65_HS1-834228961_62-HQ-83894_Serial_130
Agency: FBI
Page 11
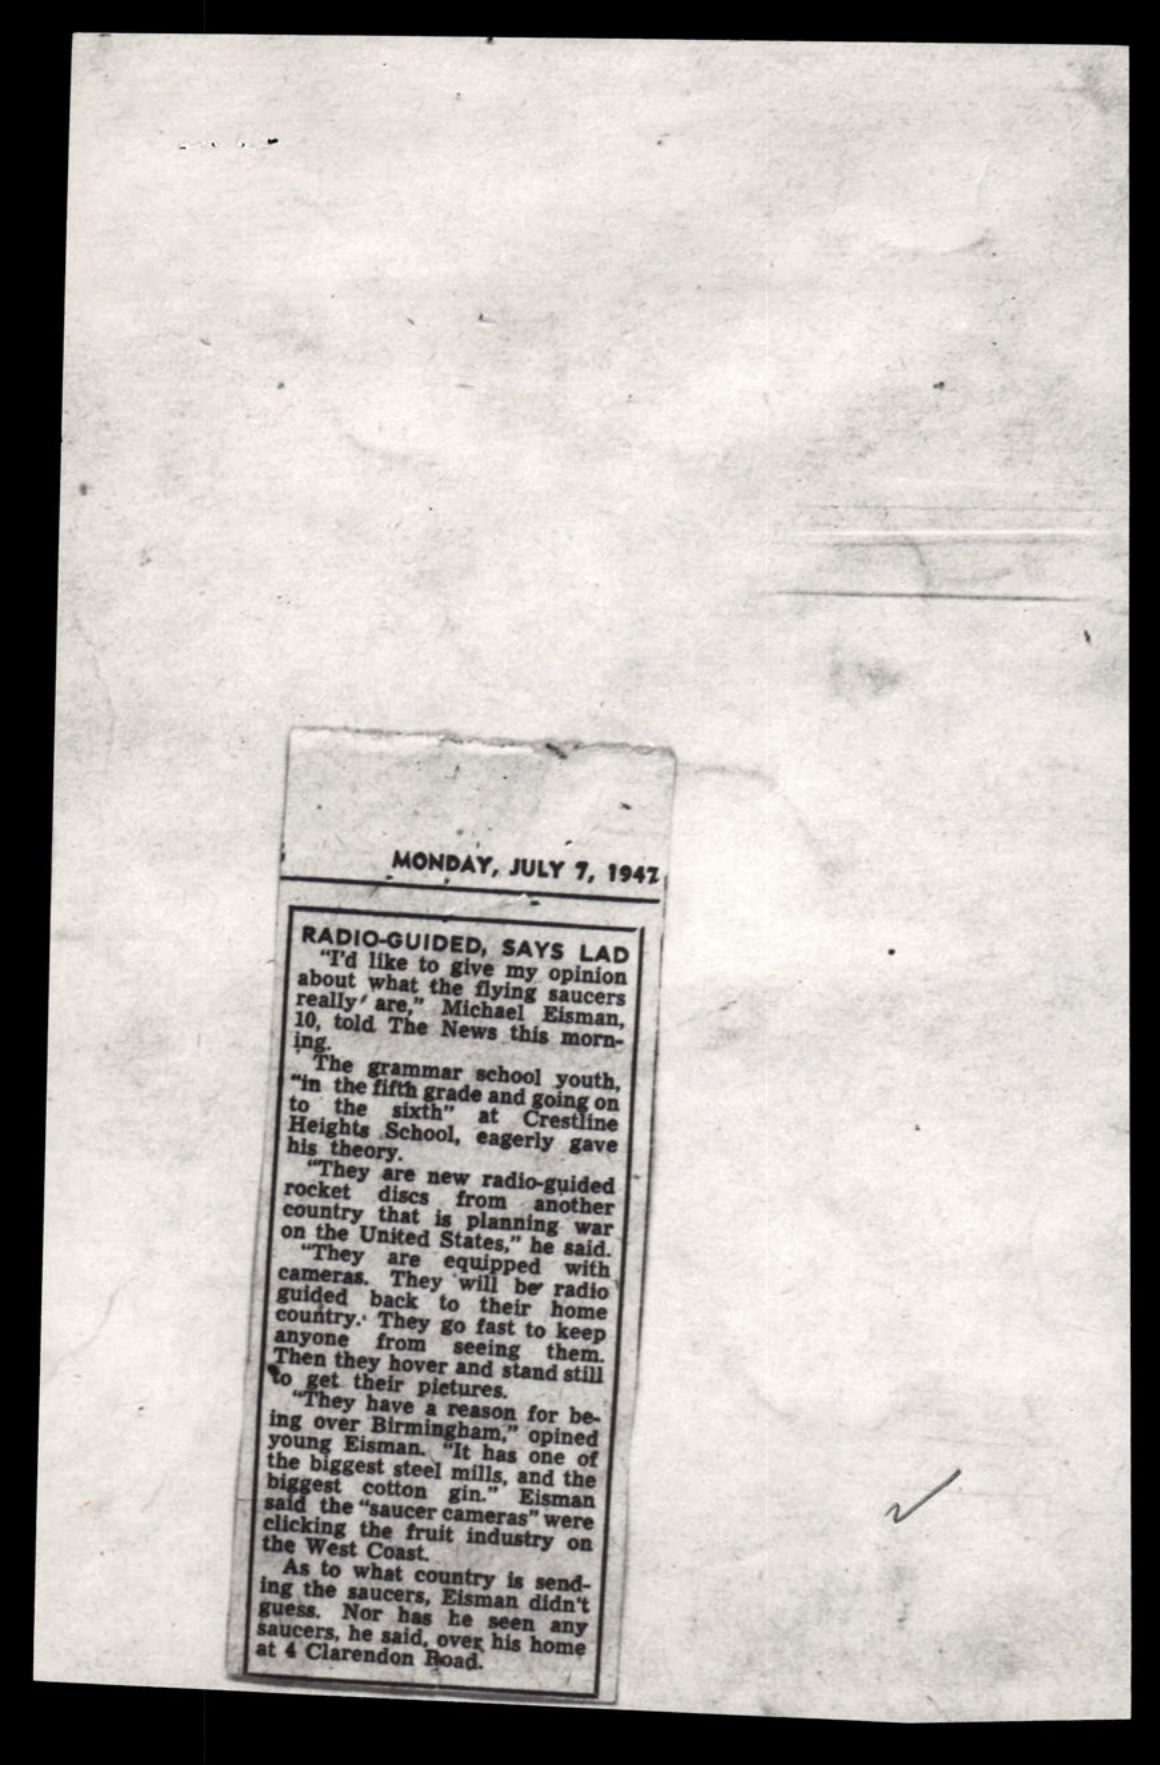